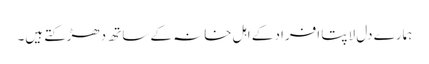
ہمارے دل لاپتا افراد کے اہل خانہ کے ساتھ دھڑکتے ہیں۔